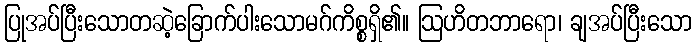
ပြုအပ်ပြီးသောတဆဲ့ခြောက်ပါးသောမဂ်ကိစ္စရှိ၏။ ဩဟိတဘာရော၊ ချအပ်ပြီးသော